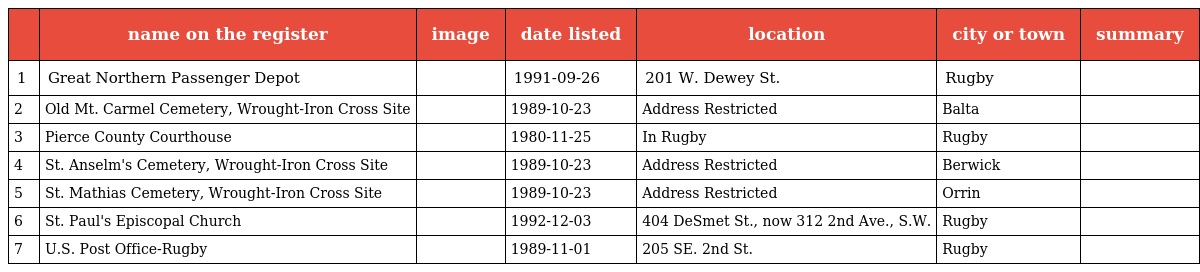
|  | name on the register | image | date listed | location | city or town | summary |
 | --- | --- | --- | --- | --- | --- | --- |
 | 1 | Great Northern Passenger Depot |  | 1991-09-26 | 201 W. Dewey St. | Rugby |  |
 | 2 | Old Mt. Carmel Cemetery, Wrought-Iron Cross Site |  | 1989-10-23 | Address Restricted | Balta |  |
 | 3 | Pierce County Courthouse |  | 1980-11-25 | In Rugby | Rugby |  |
 | 4 | St. Anselm's Cemetery, Wrought-Iron Cross Site |  | 1989-10-23 | Address Restricted | Berwick |  |
 | 5 | St. Mathias Cemetery, Wrought-Iron Cross Site |  | 1989-10-23 | Address Restricted | Orrin |  |
 | 6 | St. Paul's Episcopal Church |  | 1992-12-03 | 404 DeSmet St., now 312 2nd Ave., S.W. | Rugby |  |
 | 7 | U.S. Post Office-Rugby |  | 1989-11-01 | 205 SE. 2nd St. | Rugby |  |